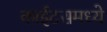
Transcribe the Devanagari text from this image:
काईटसमध्ये